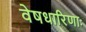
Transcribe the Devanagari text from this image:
वेषधारिणाः